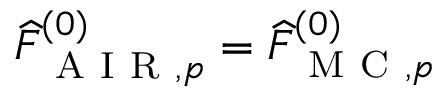
\widehat { F } _ { \mathrm { ~ A ~ I ~ R ~ } , p } ^ { ( 0 ) } = \widehat { F } _ { \mathrm { ~ M ~ C ~ } , p } ^ { ( 0 ) }